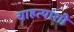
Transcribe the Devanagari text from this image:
चाहत्यांशी